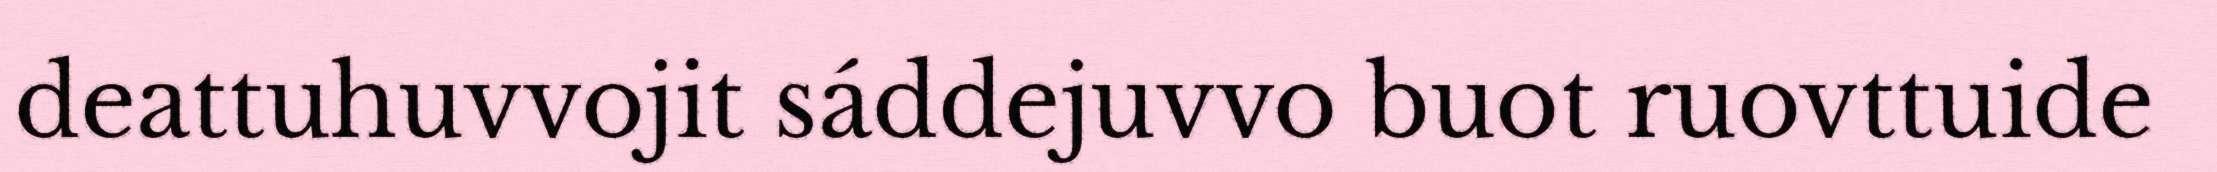
deattuhuvvojit sáddejuvvo buot ruovttuide